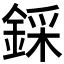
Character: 𨨫